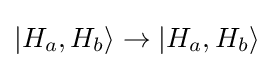
|H_{a},H_{b}\rangle \rightarrow |H_{a},H_{b}\rangle